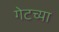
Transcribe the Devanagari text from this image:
गेटच्या